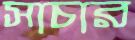
সাচার